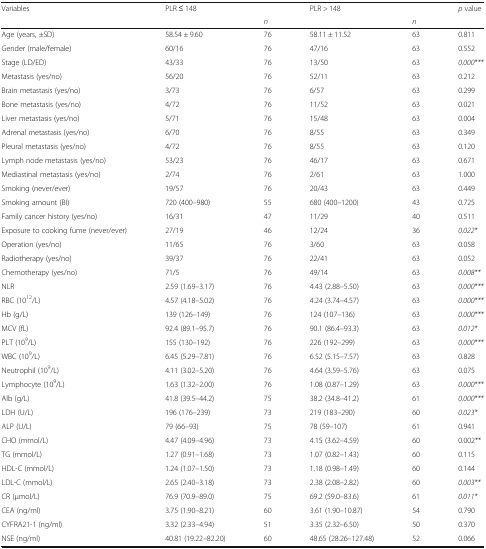
<table><thead><tr><td><b>Variables</b></td><td><b>PLR ≤ 148</b></td><td></td><td><b>PLR &gt; 148</b></td><td></td><td><b><i>p</i> value</b></td></tr><tr><td></td><td></td><td><b><i>n</i></b></td><td></td><td><b><i>n</i></b></td><td></td></tr></thead><tbody><tr><td>Age (years, ±SD)</td><td>58.54 ± 9.60</td><td>76</td><td>58.11 ± 11.52</td><td>63</td><td>0.811</td></tr><tr><td>Gender (male/female)</td><td>60/16</td><td>76</td><td>47/16</td><td>63</td><td>0.552</td></tr><tr><td>Stage (LD/ED)</td><td>43/33</td><td>76</td><td>13/50</td><td>63</td><td><i>0.000***</i></td></tr><tr><td>Metastasis (yes/no)</td><td>56/20</td><td>76</td><td>52/11</td><td>63</td><td>0.212</td></tr><tr><td>Brain metastasis (yes/no)</td><td>3/73</td><td>76</td><td>6/57</td><td>63</td><td>0.299</td></tr><tr><td>Bone metastasis (yes/no)</td><td>4/72</td><td>76</td><td>11/52</td><td>63</td><td>0.021</td></tr><tr><td>Liver metastasis (yes/no)</td><td>5/71</td><td>76</td><td>15/48</td><td>63</td><td>0.004</td></tr><tr><td>Adrenal metastasis (yes/no)</td><td>6/70</td><td>76</td><td>8/55</td><td>63</td><td>0.349</td></tr><tr><td>Pleural metastasis (yes/no)</td><td>4/72</td><td>76</td><td>8/55</td><td>63</td><td>0.120</td></tr><tr><td>Lymph node metastasis (yes/no)</td><td>53/23</td><td>76</td><td>46/17</td><td>63</td><td>0.671</td></tr><tr><td>Mediastinal metastasis (yes/no)</td><td>2/74</td><td>76</td><td>2/61</td><td>63</td><td>1.000</td></tr><tr><td>Smoking (never/ever)</td><td>19/57</td><td>76</td><td>20/43</td><td>63</td><td>0.449</td></tr><tr><td>Smoking amount (BI)</td><td>720 (400–980)</td><td>55</td><td>680 (400–1200)</td><td>43</td><td>0.725</td></tr><tr><td>Family cancer history (yes/no)</td><td>16/31</td><td>47</td><td>11/29</td><td>40</td><td>0.511</td></tr><tr><td>Exposure to cooking fume (never/ever)</td><td>27/19</td><td>46</td><td>12/24</td><td>36</td><td><i>0.022*</i></td></tr><tr><td>Operation (yes/no)</td><td>11/65</td><td>76</td><td>3/60</td><td>63</td><td>0.058</td></tr><tr><td>Radiotherapy (yes/no)</td><td>39/37</td><td>76</td><td>22/41</td><td>63</td><td>0.052</td></tr><tr><td>Chemotherapy (yes/no)</td><td>71/5</td><td>76</td><td>49/14</td><td>63</td><td><i>0.008**</i></td></tr><tr><td>NLR</td><td>2.59 (1.69–3.17)</td><td>76</td><td>4.43 (2.88–5.50)</td><td>63</td><td><i>0.000***</i></td></tr><tr><td>RBC (10<sup>12</sup>/L)</td><td>4.57 (4.18–5.02)</td><td>76</td><td>4.24 (3.74–4.57)</td><td>63</td><td><i>0.000***</i></td></tr><tr><td>Hb (g/L)</td><td>139 (126–149)</td><td>76</td><td>124 (107–136)</td><td>63</td><td><i>0.000***</i></td></tr><tr><td>MCV (fL)</td><td>92.4 (89.1–95.7)</td><td>76</td><td>90.1 (86.4–93.3)</td><td>63</td><td><i>0.012*</i></td></tr><tr><td>PLT (10<sup>9</sup>/L)</td><td>155 (130–192)</td><td>76</td><td>226 (192–299)</td><td>63</td><td><i>0.000***</i></td></tr><tr><td>WBC (10<sup>9</sup>/L)</td><td>6.45 (5.29–7.81)</td><td>76</td><td>6.52 (5.15–7.57)</td><td>63</td><td>0.828</td></tr><tr><td>Neutrophil (10<sup>9</sup>/L)</td><td>4.11 (3.02–5.20)</td><td>76</td><td>4.64 (3.59–5.76)</td><td>63</td><td>0.075</td></tr><tr><td>Lymphocyte (10<sup>9</sup>/L)</td><td>1.63 (1.32–2.00)</td><td>76</td><td>1.08 (0.87–1.29)</td><td>63</td><td><i>0.000***</i></td></tr><tr><td>Alb (g/L)</td><td>41.8 (39.5–44.2)</td><td>75</td><td>38.2 (34.8–41.2)</td><td>61</td><td><i>0.000***</i></td></tr><tr><td>LDH (U/L)</td><td>196 (176–239)</td><td>73</td><td>219 (183–290)</td><td>60</td><td><i>0.023*</i></td></tr><tr><td>ALP (U/L)</td><td>79 (66–93)</td><td>75</td><td>78 (59–107)</td><td>61</td><td>0.941</td></tr><tr><td>CHO (mmol/L)</td><td>4.47 (4.09–4.96)</td><td>73</td><td>4.15 (3.62–4.59)</td><td>60</td><td>0.002**</td></tr><tr><td>TG (mmol/L)</td><td>1.27 (0.91–1.68)</td><td>73</td><td>1.07 (0.82–1.43)</td><td>60</td><td>0.115</td></tr><tr><td>HDL-C (mmol/L)</td><td>1.24 (1.07–1.50)</td><td>73</td><td>1.18 (0.98–1.49)</td><td>60</td><td>0.144</td></tr><tr><td>LDL-C (mmol/L)</td><td>2.65 (2.40–3.18)</td><td>73</td><td>2.38 (2.08–2.82)</td><td>60</td><td><i>0.003**</i></td></tr><tr><td>CR (μmol/L)</td><td>76.9 (70.9–89.0)</td><td>75</td><td>69.2 (59.0–83.6)</td><td>61</td><td><i>0.011*</i></td></tr><tr><td>CEA (ng/ml)</td><td>3.75 (1.90–8.21)</td><td>60</td><td>3.61 (1.90–10.87)</td><td>54</td><td>0.790</td></tr><tr><td>CYFRA21-1 (ng/ml)</td><td>3.32 (2.33–4.94)</td><td>51</td><td>3.35 (2.32–6.50)</td><td>50</td><td>0.370</td></tr><tr><td>NSE (ng/ml)</td><td>40.81 (19.22–82.20)</td><td>60</td><td>48.65 (28.26–127.48)</td><td>52</td><td>0.066</td></tr></tbody></table>